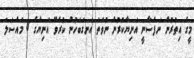
މީގެ އިތުރުން ނަފްސާނީ އަނިޔާކުރުން ނުވަތަ އަނގަބަހުން ކުރެވޭ އަނިޔާގެ 8 މައްސަލަ